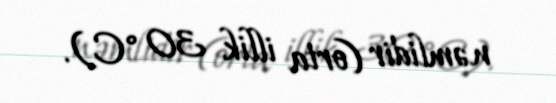
nəmlidir (orta illik 30 °C).